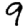
Digit: 9